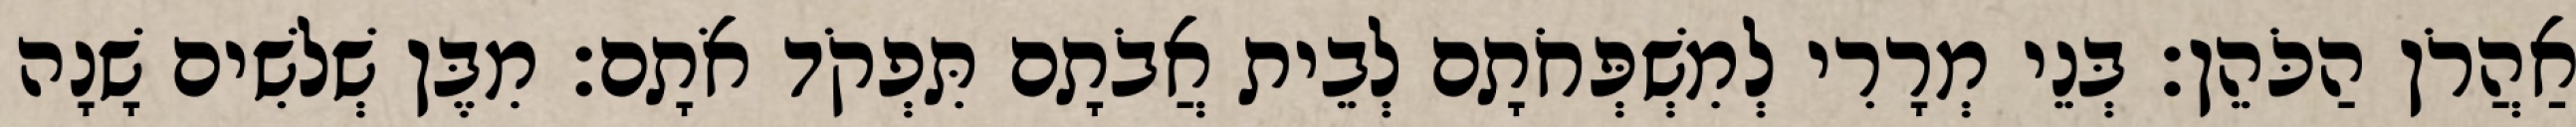
אַהֲרֹן הַכֹּהֵן׃ בְּנֵי מְרָרִי לְמִשְׁפְּחֹתָם לְבֵית אֲבֹתָם תִּפְקֹד אֹתָם׃ מִבֶּן שְׁלשִׁים שָׁנָה